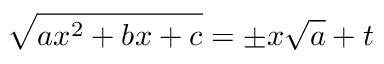
{ \sqrt { a x ^ { 2 } + b x + c } } = \pm x { \sqrt { a } } + t